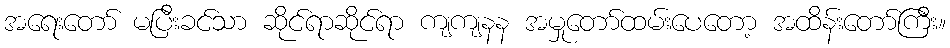
အရေးတော် မပြီးခင်သာ ဆိုင်ရာဆိုင်ရာ ကျကျနန အမှုတော်ထမ်းပေတော့ အထိန်းတော်ကြီး။